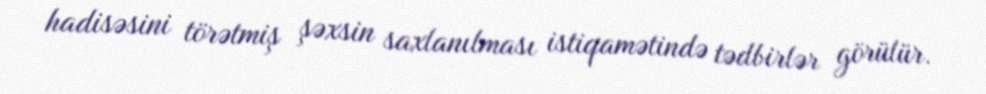
hadisəsini törətmiş şəxsin saxlanılması istiqamətində tədbirlər görülür.